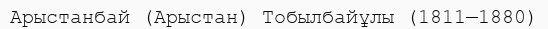
Арыстанбай (Арыстан) Тобылбайұлы (1811—1880)